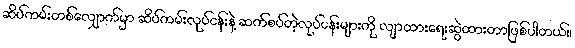
ဆိပ်ကမ်းတစ်လျှောက်မှာ ဆိပ်ကမ်းလုပ်ငန်းနဲ့ ဆက်စပ်တဲ့လုပ်ငန်းများကို လျာထားရေးဆွဲထားတာဖြစ်ပါတယ်။